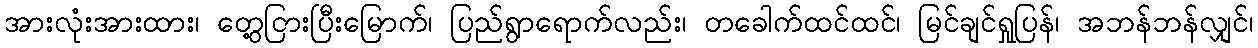
အားလုံးအားထား၊ တွေ့ငြားပြီးမြောက်၊ ပြည်ရွာရောက်လည်း၊ တခေါက်ထင်ထင်၊ မြင်ချင်ရှုပြန်၊ အဘန်ဘန်လျှင်၊